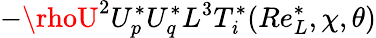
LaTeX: -\rhoU^{2}U_{p}^{*}U_{q}^{*}L^{3}T_{\mathit{i}}^{*}(Re_{L}^{*},\chi,\theta)